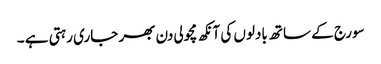
سورج کے ساتھ بادلوں کی آنکھ مچولی دن بھر جاری رہتی ہے ۔